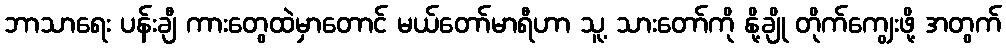
ဘာသာရေး ပန်းချီ ကားတွေထဲမှာတောင် မယ်တော်မာရီဟာ သူ့ သားတော်ကို နို့ချို တိုက်ကျွေးဖို့ အတွက်